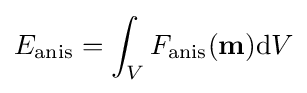
E_{\text{anis}}=\int _{V}F_{\text{anis}}(\mathbf {m} )\mathrm {d} V